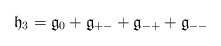
\begin{align*}\mathfrak h_{3}= \mathfrak g_{0} + \mathfrak g_{+ -} + \mathfrak g_{- +} +\mathfrak g_{- -}\end{align*}